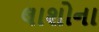
લાશોના